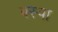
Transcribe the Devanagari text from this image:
बस्‍पा